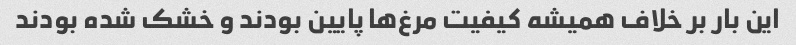
این بار بر خلاف همیشه کیفیت مرغ‌ها پایین بودند و خشک شده بودند